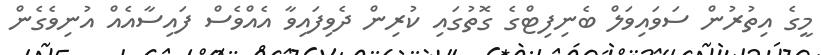
މީގެ އިތުރުން ސަވައިވަލް ބެނިފިޓްގެ ގޮތުގައި ކުރިން ދެވިފައިވާ އެއްވެސް ފައިސާއެއް އުނިވެގެން